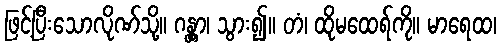
ဖြင့်ပြီးသောလိုဏ်သို့။ ဂန္တွာ၊ သွား၍။ တံ၊ ထိုမထေရ်ကို။ မာရေထ၊